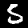
Label: 5